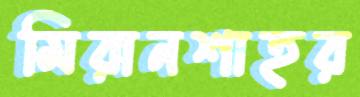
মিরানশাহর